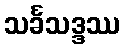
သင်္ခသဒ္ဒဿ